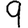
Digit: 9